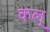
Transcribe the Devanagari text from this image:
कल्‌